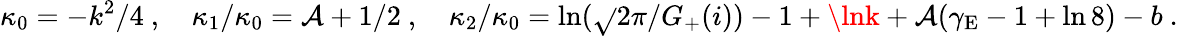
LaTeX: \kappa_{0}=-k^{2}/4\ ,\quad\kappa_{1}/\kappa_{0}=\mathcal{A}+1/2\ ,\quad{\kappa_{2}/\kappa_{0}=\ln(\sqrt{}{{2\pi}}/G_{+}(i))-1}+\lnk+\mathcal{A}(\gamma_{\mathrm{{E}}}-1+\ln8)-b\ .